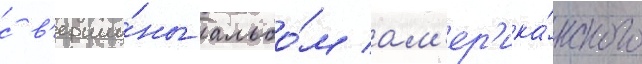
с в'ерши́ны альбо́м ам'ер'ика́нского